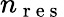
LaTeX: n_{\mathrm{~r~e~s~}}